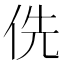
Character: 侁